Annual statistical returns and brief notes on vaccination in Bengal - 1887-1898
Year: 1887
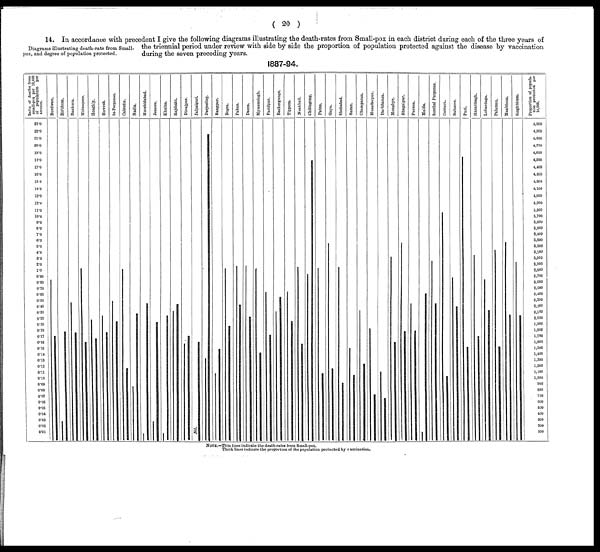
( 20 )
Diagrams illustrating death-rate from Small-
pox, and degree of population protected.
14. In accordance with precedent I give the following diagrams illustrating the death-rates from Small-pox in each district during each of the three years of
the triennial period under review with side by side the proportion of population protected against the disease by vaccination
during the seven preceding years.
1887-94.
NOTE.—Thin lines indicate the death-rates from Small-pox.
Thick lines indicate the proportion of the population protected by vaccination.